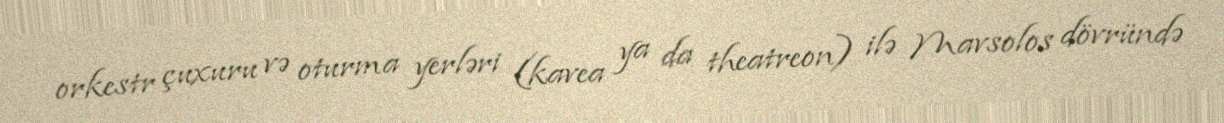
orkestr çuxuru və oturma yerləri (kavea ya da theatreon) ilə Mavsolos dövründə